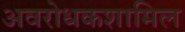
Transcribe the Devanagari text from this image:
अवरोधकशामिल